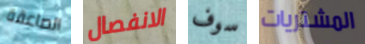
الصاعقة الانفصال سوف المشتريات